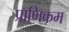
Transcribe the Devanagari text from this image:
प्राणिक्रम